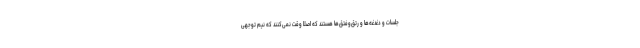
جلسات و دغدغه‌ها و رتق‌وفتق‌ها هستند که اصلا وقت نمی‌کنند که نیم توجهی